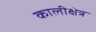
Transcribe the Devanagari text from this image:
कालीक्षेत्र